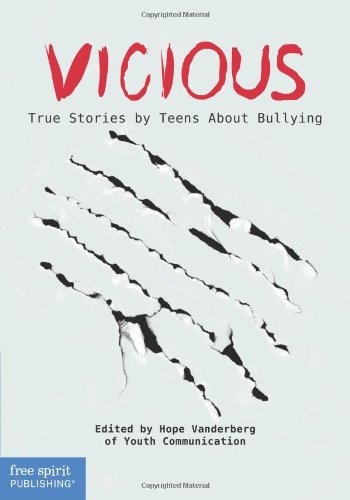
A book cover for Vicious: True Stories by Teens About Bullying (Real Teen Voices Series); Youth Communication; Teen & Young Adult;